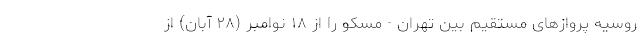
روسیه پروازهای مستقیم بین تهران - مسکو را از ۱۸ نوامبر (۲۸ آبان) از